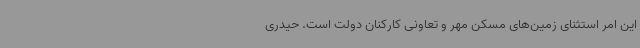
این امر استثنای زمین‌های مسکن مهر و تعاونی کارکنان دولت است. حیدری